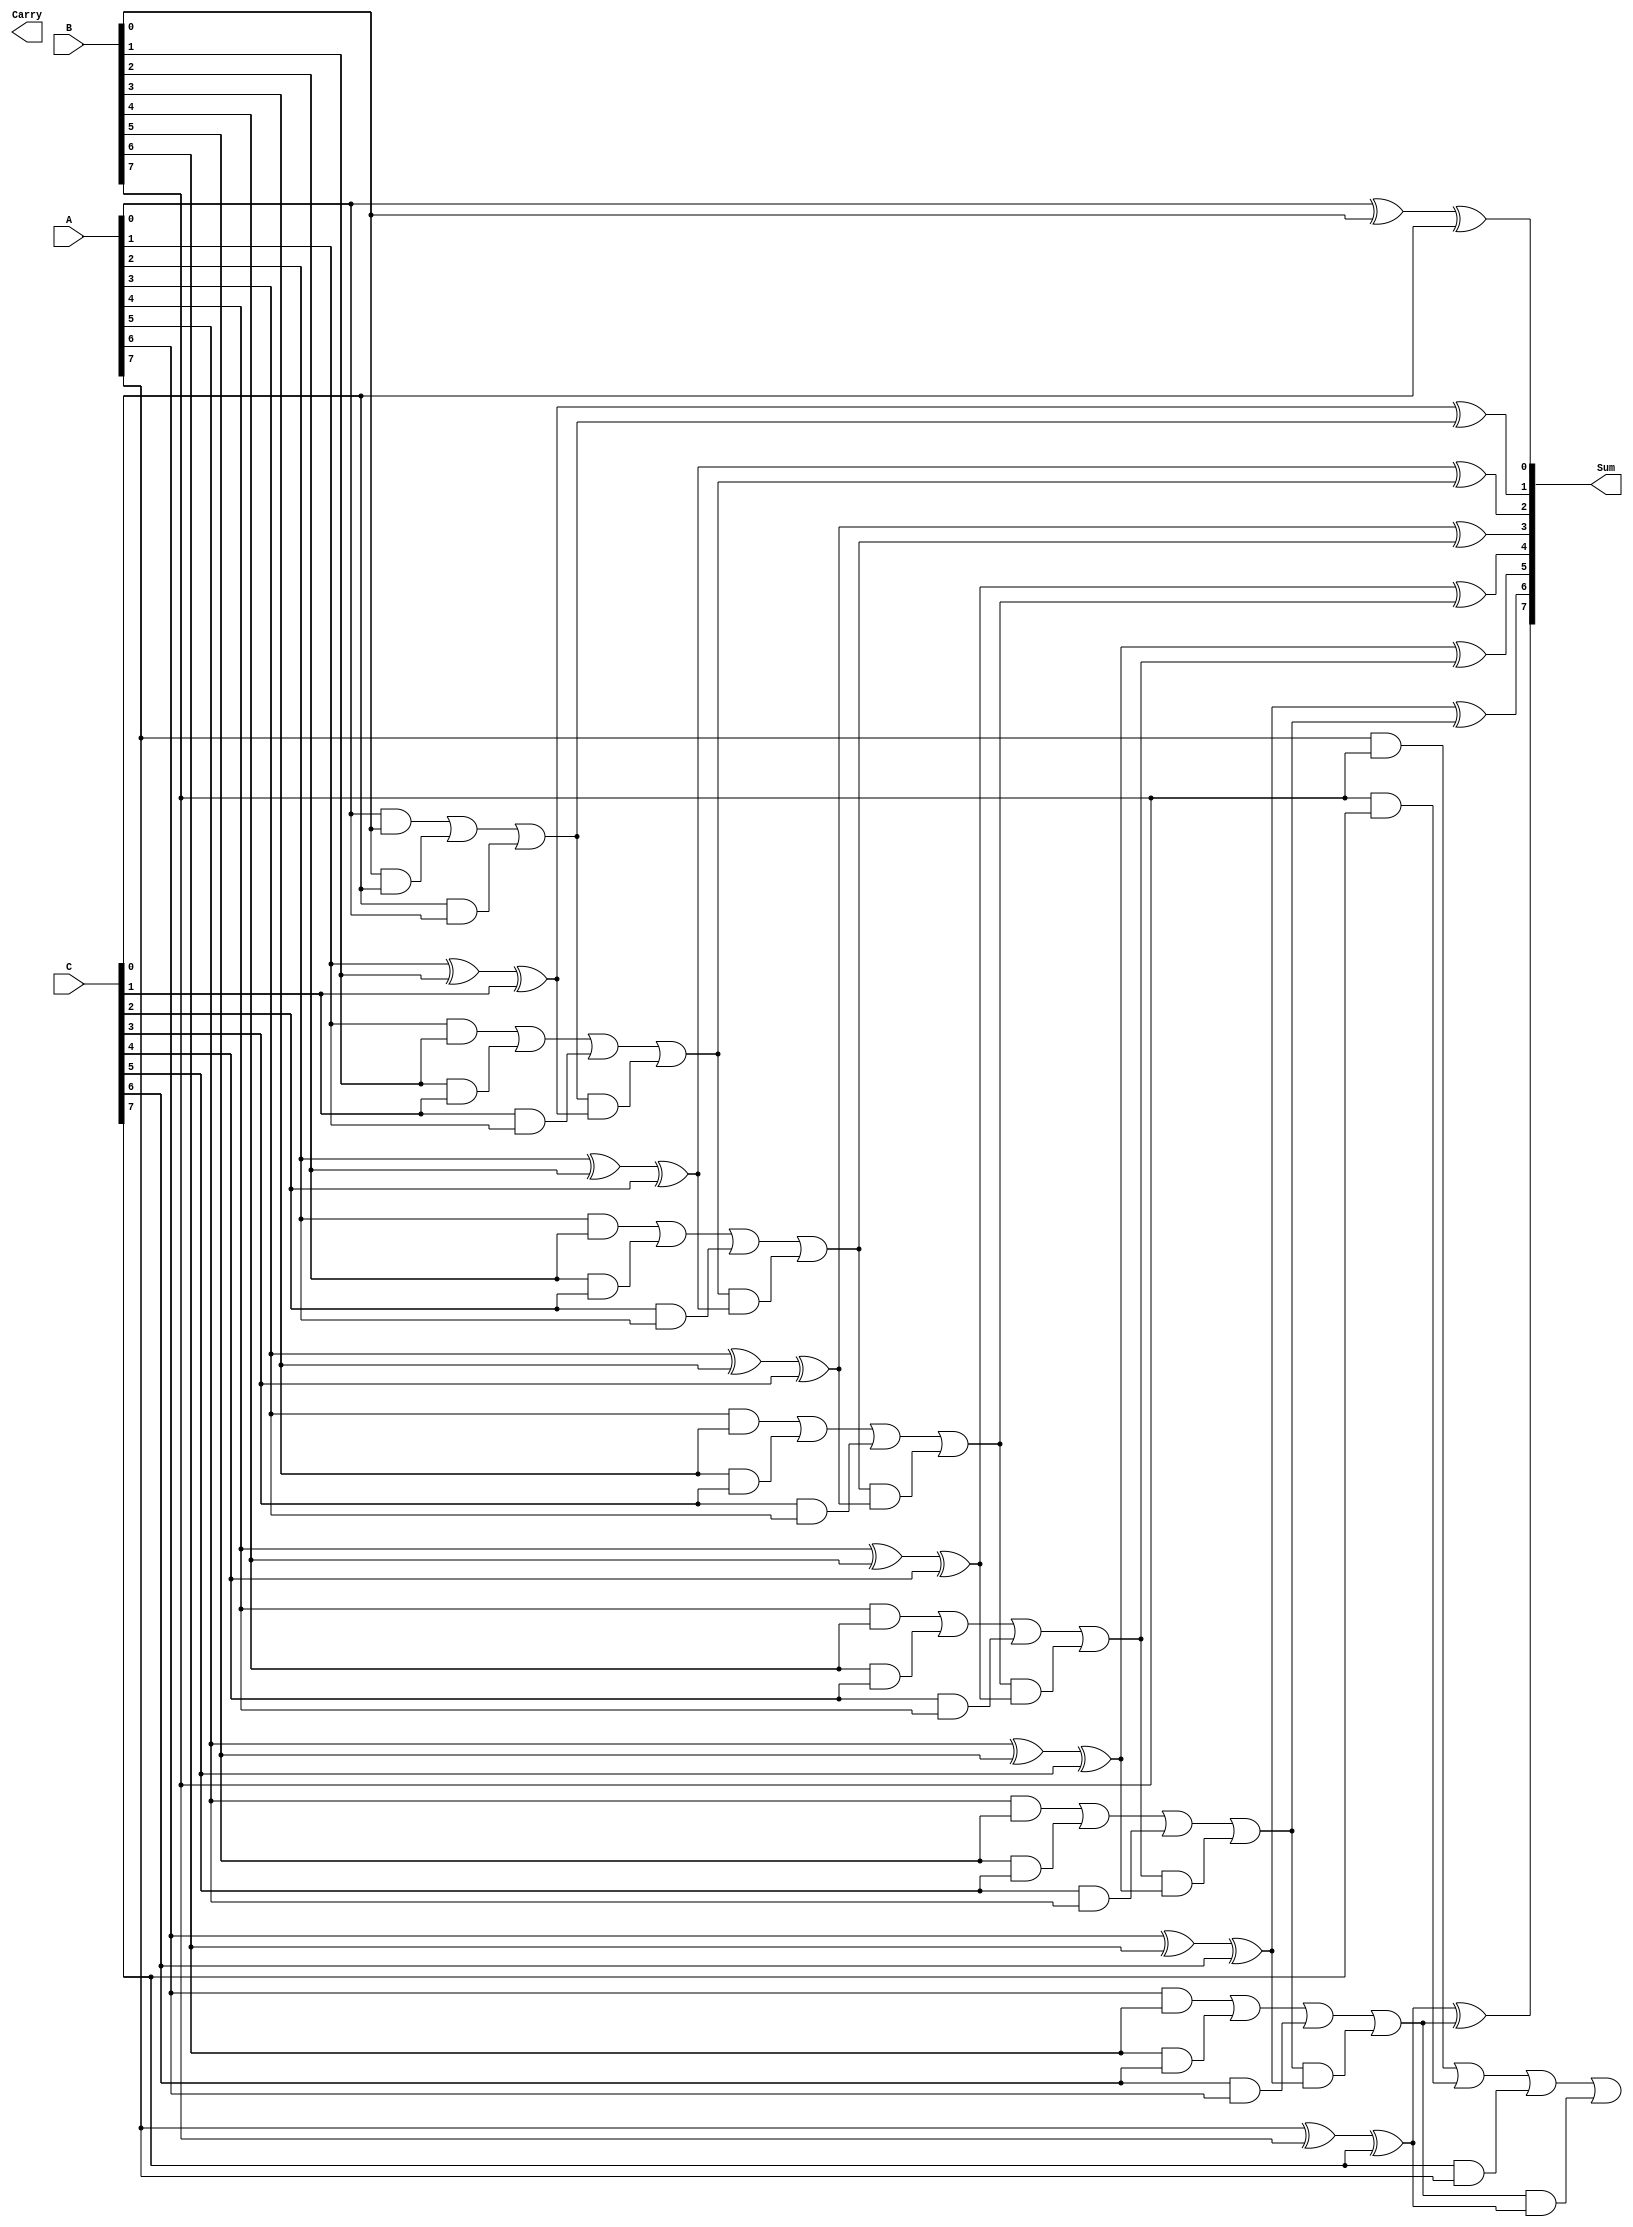
module ripple_carry_save_adder #(
    parameter N = 8  // Width of the inputs
)(
    input [N-1:0] A,  // First operand
    input [N-1:0] B,  // Second operand
    input [N-1:0] C,  // Third operand
    output [N-1:0] Sum, // Sum output
    output [N:0] Carry // Final carry output
);

    // Intermediate carry and sum wires
    wire [N:0] carry;
    wire [N-1:0] sum;

    // Full Adder logic
    genvar i;
    generate
        for (i = 0; i < N; i = i + 1) begin : full_adder
            // Sum for each bit position
            if (i == 0) begin
                // The first stage, carry-in is 0
                assign sum[i] = A[i] ^ B[i] ^ C[i]; // Sum bit
                assign carry[i+1] = (A[i] & B[i]) | (B[i] & C[i]) | (C[i] & A[i]); // Carry out
            end else begin
                // Subsequent stages
                assign sum[i] = A[i] ^ B[i] ^ C[i] ^ carry[i]; // Sum bit
                assign carry[i+1] = (A[i] & B[i]) | (B[i] & C[i]) | (C[i] & A[i]) | (carry[i] & (A[i] ^ B[i] ^ C[i])); // Carry out
            end
        end
    endgenerate

    // Assigning outputs
    assign Sum = sum;      // Final Sum output
    assign Carry = carry;  // Final Carry output

endmodule